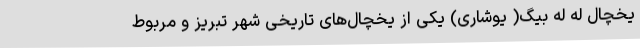
یخچال له له بیگ( یوشاری) یکی از یخچال‌های تاریخی شهر تبریز و مربوط